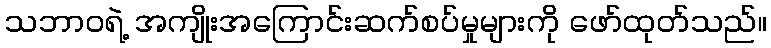
သဘာဝရဲ့ အကျိုးအကြောင်းဆက်စပ်မှုများကို ဖော်ထုတ်သည်။